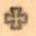
+